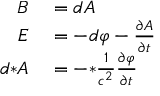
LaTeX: \begin{array} { r l } { B } & { { } = d A } \\ { E } & { { } = - d \varphi - { \frac { \partial A } { \partial t } } } \\ { d { * } A } & { { } = - { * } { \frac { 1 } { c ^ { 2 } } } { \frac { \partial \varphi } { \partial t } } } \end{array}